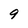
Character: 9